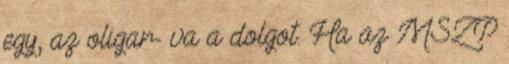
egy, az oligar- va a dolgot. Ha az MSZP